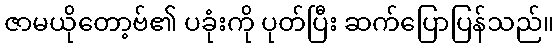
ဇာမယိုတော့ဗ်၏ ပခုံးကို ပုတ်ပြီး ဆက်ပြောပြန်သည်။